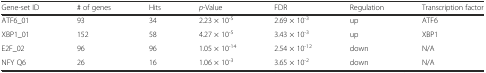
<table><thead><tr><td><b>Gene-set ID</b></td><td><b># of genes</b></td><td><b>Hits</b></td><td><b><i>p</i>-Value</b></td><td><b>FDR</b></td><td><b>Regulation</b></td><td><b>Transcription factor</b></td></tr></thead><tbody><tr><td>ATF6_01</td><td>93</td><td>34</td><td>2.23 × 10<sup>-5</sup></td><td>2.69 × 10<sup>-3</sup></td><td>up</td><td>ATF6</td></tr><tr><td>XBP1_01</td><td>152</td><td>58</td><td>4.27 × 10<sup>-5</sup></td><td>3.43 × 10<sup>-3</sup></td><td>up</td><td>XBP1</td></tr><tr><td>E2F_02</td><td>96</td><td>96</td><td>1.05 × 10<sup>-14</sup></td><td>2.54 × 10<sup>-12</sup></td><td>down</td><td>N/A</td></tr><tr><td>NFY Q6</td><td>26</td><td>16</td><td>1.06 × 10<sup>-3</sup></td><td>3.65 × 10<sup>-2</sup></td><td>down</td><td>N/A</td></tr></tbody></table>